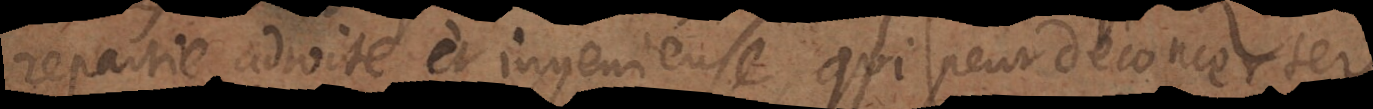
repartie adroite et ingenieuse, qui peut déconcerter